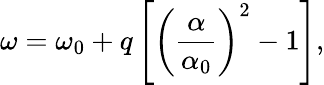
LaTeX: \omega=\omega_{0}+q\left[\left(\frac{\alpha}{\alpha_{0}}\right)^{2}-1\right],